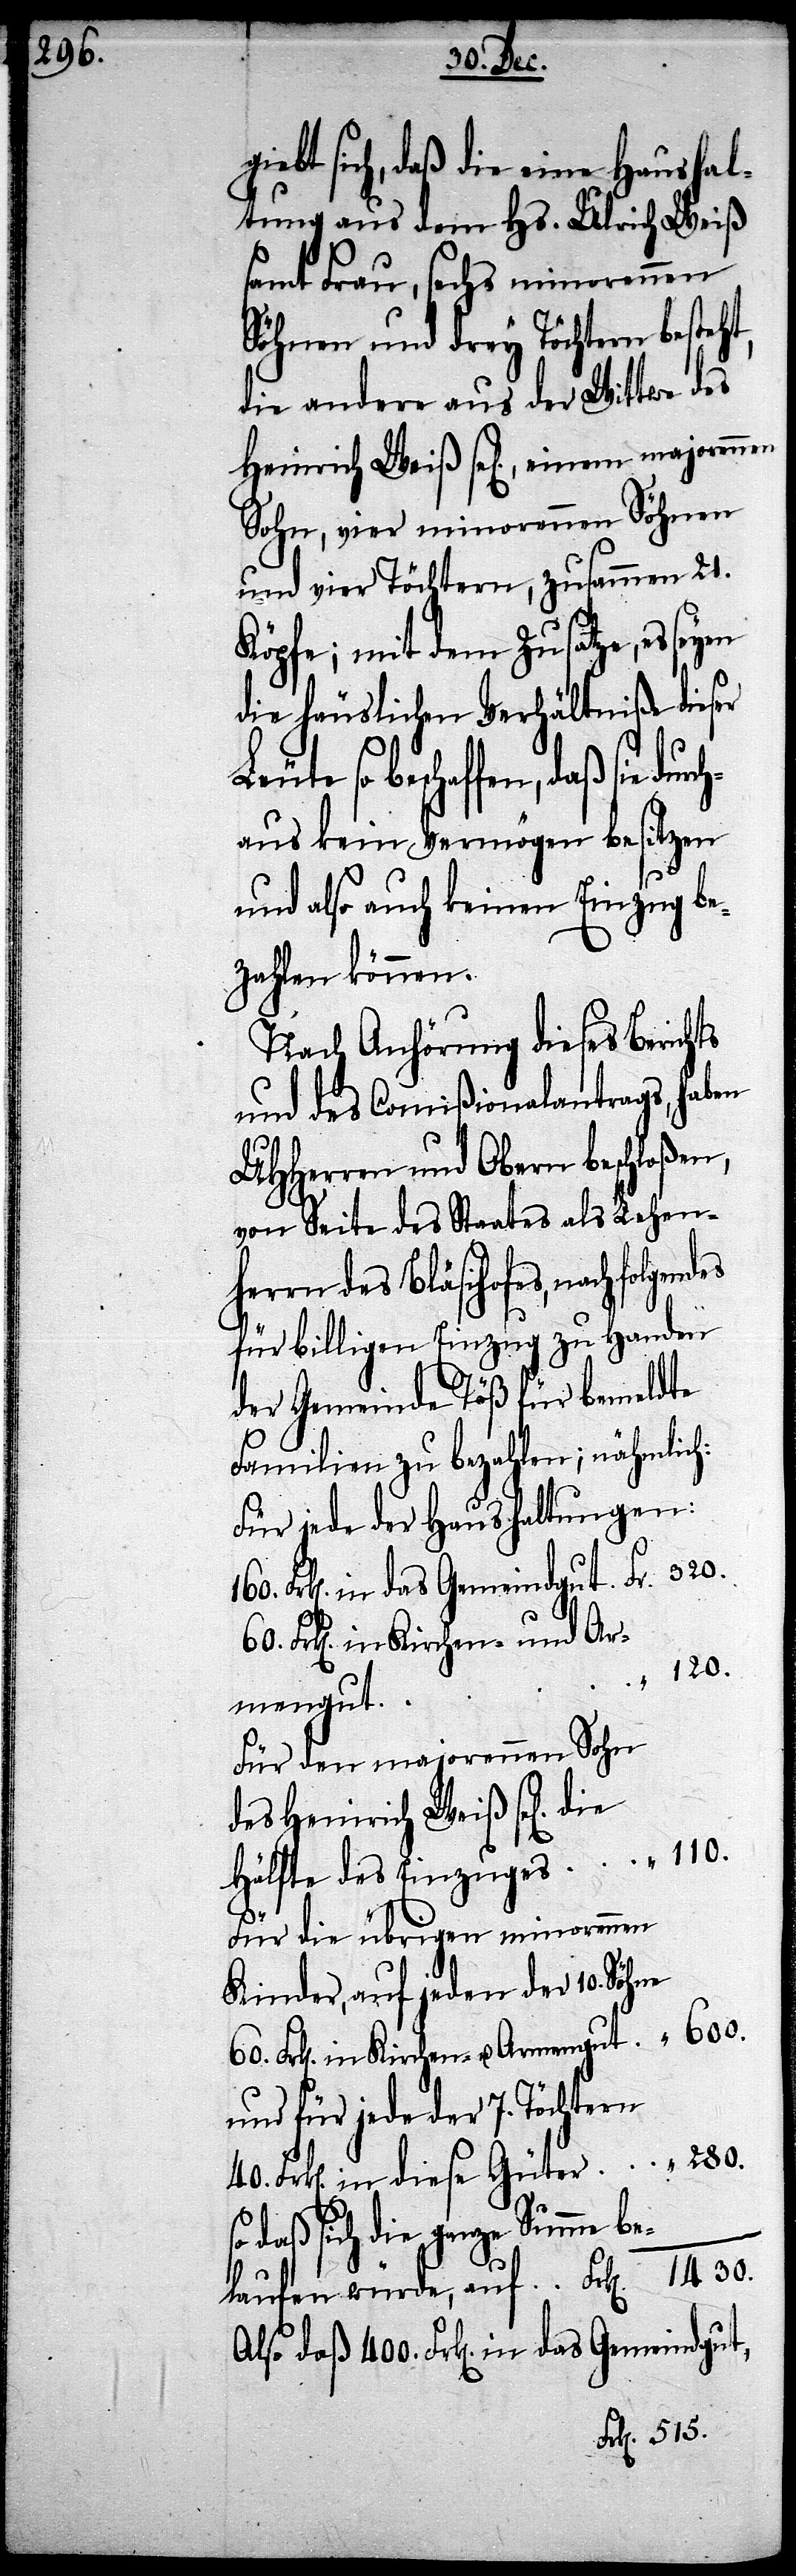
280.

giebt sich, daß die eine Haushal¬
tung aus dem Hs. Ulrich Weiß
samt Frau, sechs minorennen
Söhnen und drey Töchtern besteht,
die andere aus der Wittwe des
Heinrich Weiß sel[iger], einem
Sohn, vier minorennen Töchtern,
Köpfe; mit dem Zusatze, es seyen
die häuslichen Verhältniße dieser
elaufen würde, auf
chaus kein Vermögen besitzen
und also auch keinen Einzug be¬
zahlen können.
Nach Anhörung diese Berichts
und des Commißionalantrags, haben
UHHerren und Obern beschloßen,
von Seite des Staates als Lehen¬
herrn des Bläsihofs, nachfolgendes
für billigen Einzug zu Handen
der Gemeinde Töß für bemeldte
Familien zu bezahlen; nähmlich:
1430.
Gemeindgut,
Für den majorennen Sohn
des Heinrich Weiß sel[iger]
Hälfte des Einzuges 	 “ 110.
Für die übrigen minorennen
Kinder, auf jeden der 10. Söhne
und für jede der 7. Töchtern
so daß sich die ganze Summe b¬
Frk[en]. in das Gemeindgut